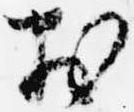
於